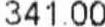
341.00